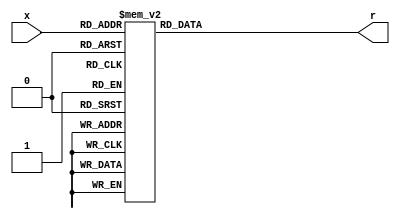
`timescale 1ns / 1ps
//////////////////////////////////////////////////////////////////////////////////
// Company: 
// Engineer: 
// 
// Design Name: 
// Module Name: hexto7segment
// Project Name: 
// Target Devices: 
// Tool Versions: 
// Description: 
// 
// Dependencies: 
// 
// Revision:
// Revision 0.01 - File Created
// Additional Comments:
// 
//////////////////////////////////////////////////////////////////////////////////
module hexto7segment (
	input [3:0] x, //4 bit
	output reg [6:0] r //7bit
	);
	always @(*) 
		case (x)
			4'b0000 : r= 7'b0000001; //0
			4'b0001 : r= 7'b1001111; //1
			4'b0010 : r= 7'b0010010; //2
			4'b0011 : r= 7'b0000110; //3
			4'b0100 : r= 7'b1001100; //4
			4'b0101 : r= 7'b0100100; //5
			4'b0110 : r= 7'b0100000; //6
			4'b0111 : r= 7'b0001111; //7
			4'b1000 : r= 7'b0000000; //8
			4'b1001 : r= 7'b0001100; //9
			default : r= 7'b0001100; //9
		endcase
endmodule